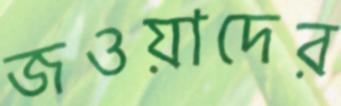
জওয়াদের